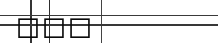
١٢٢